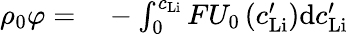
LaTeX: \begin{array}{rl}{\rho_{0}\varphi=}&{{}-\int_{0}^{c_{\mathrm{Li}}}FU_{0}\left(c_{\mathrm{Li}}^{\prime}\right)\mathrm{d}c_{\mathrm{Li}}^{\prime}}\end{array}